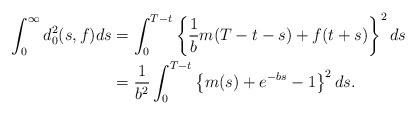
LaTeX: \begin{align*}\begin{aligned}\int_{0}^{\infty}d_0^2(s,f)ds&=\int_{0}^{T-t}\left\{\frac{1}{b}m(T-t-s) + f(t+s)\right\}^2ds\\&=\frac{1}{b^2}\int_{0}^{T-t}\left\{m(s) + e^{-bs} - 1\right\}^2ds.\end{aligned}\end{align*}